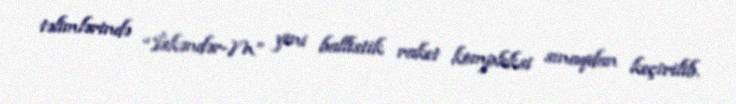
təlimlərində “İskəndər-M” yeni ballistik raket kompleksi sınaqdan keçirilib.